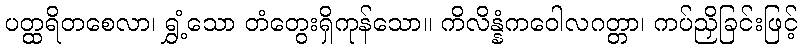
ပတ္ထရိတစေလာ၊ ရွှံ့သော တံတွေးရှိကုန်သော။ ကိလိန္နံကဝေါလဂတ္တာ၊ ကပ်ညှိခြင်းဖြင့်